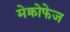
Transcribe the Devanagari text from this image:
मेक्रोफेज